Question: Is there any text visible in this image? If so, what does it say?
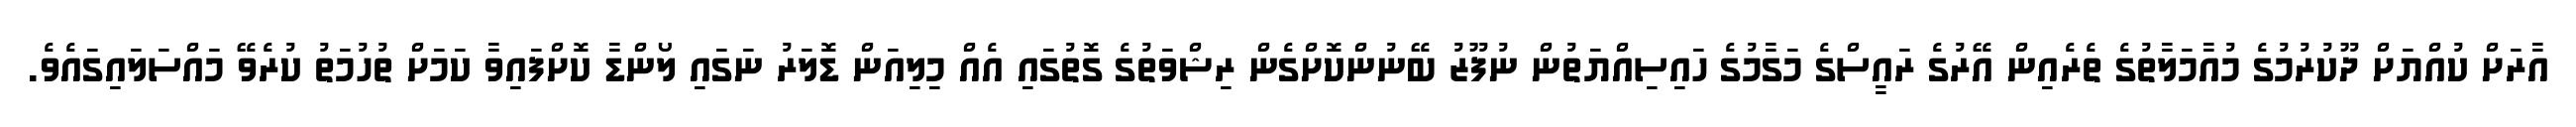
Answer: އާރަށް ކުއްޔަށް ދޫކުރުމުގެ މުއާމަލާތުގެ ތެރެއިން އޭރުގެ ރައީސްގެ މަގާމުގެ ހައިސިއްޔަތުން ނުފޫޒު ބޭނުންކޮށްގެން ރިޝްވަތުގެ ގޮތުގައި އެއް މިލިއަން ޑޮލަރު ނަގައި ލޯންޑާ ކޮށްފައިވާ ކަމަށް ތުހުމަތު ކުރެވޭ މައްސަލައިގައެވެ.